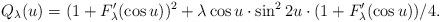
LaTeX: \begin{align*}Q_\lambda(u)=(1+F_\lambda'(\cos u))^2+\lambda\cos u\cdot\sin^22u\cdot(1+F_\lambda'(\cos u))/4.\end{align*}